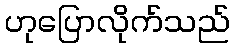
ဟုပြောလိုက်သည်